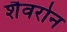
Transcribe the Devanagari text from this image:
शैवरोन